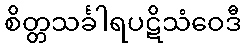
စိတ္တသင်္ခါရပဋိသံဝေဒီ